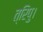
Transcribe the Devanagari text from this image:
त्रिपु।